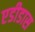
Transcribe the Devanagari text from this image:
एडीडास